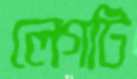
লেগটি